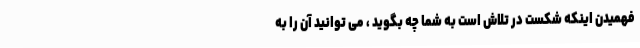
فهمیدن اینکه شکست در تلاش است به شما چه بگوید ، می توانید آن را به